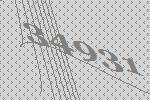
34931